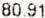
80.91